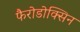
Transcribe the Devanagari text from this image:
फैरोडोक्सिन